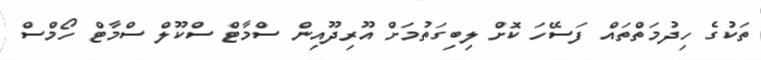
ތަކުގެ ހިދުމަތްތައް ފަސޭހަ ކޮށް ލިބިގަތުމަށް އޫރިދޫއިން ސްމާޓް ސްކޫލް ސްމާޓް ހޯމްސް